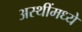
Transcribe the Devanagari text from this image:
अस्थींमध्ये